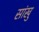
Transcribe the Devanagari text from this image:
सांखु